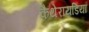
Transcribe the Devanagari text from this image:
कैथेरायडिया